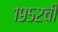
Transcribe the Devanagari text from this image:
१९५२ची